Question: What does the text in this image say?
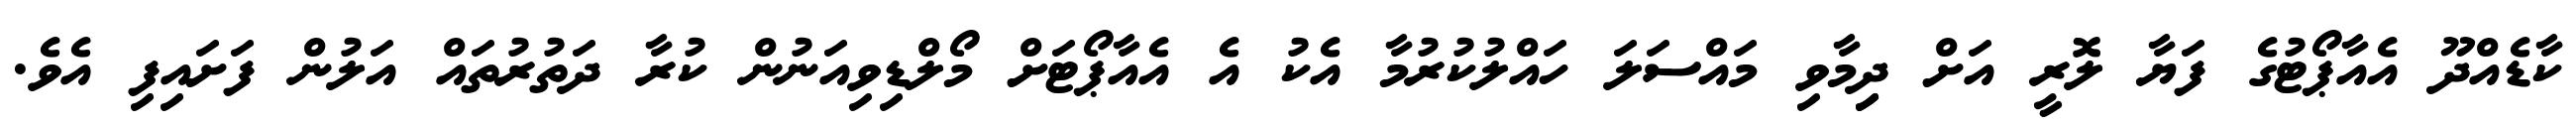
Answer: ކާޑެއްދޫ އެއާޕޯޓުގެ ފަޔާ ލޮރީ އަށް ދިިމާވި މައްސަލަ ހައްލުކުރުމާ އެކު އެ އެއާޕޯޓަށް މޯލްޑިވިއަނުން ކުރާ ދަތުރުތައް އަލުން ފަށައިފި އެވެ.